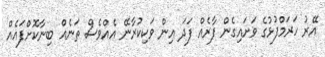
އޭރު ހަރަމްފުޅުގެ ވަށައިގެން ފާރެއް ފަދަ އިން ވަކިކުރާނޭ އެއްވެސް ތަނެއް ބިނާކޮށްފައެއް